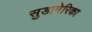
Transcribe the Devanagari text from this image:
सुडामेरिका